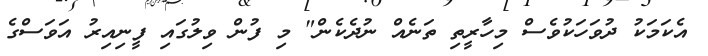
އެކަމަކު ދުވަހަކުވެސް މިހާރީތި ތަނެއް ނުދެކެން" މި ފުން ވިލުގައި ފީނިއިރު އަވަސްގެ